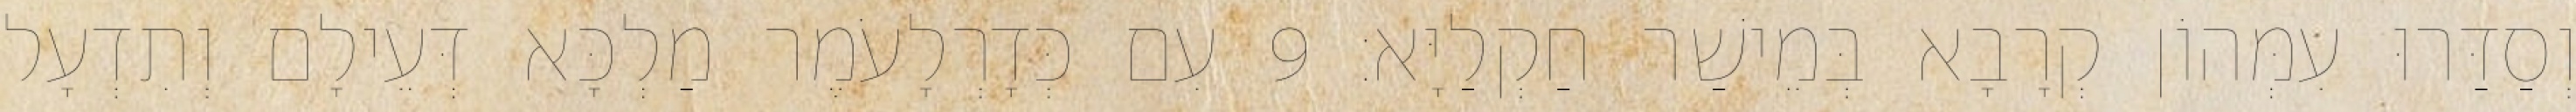
וְסַדַּרוּ עִמְּהוֹן קְרָבָא בְּמֵישַׁר חַקְלַיָּא׃ 9 עִם כְּדָרְלָעֹמֶר מַלְכָּא דְּעֵילָם וְתִדְעָל